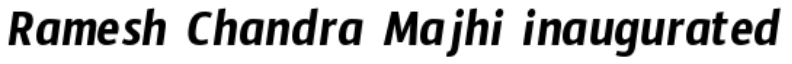
Ramesh Chandra Majhi inaugurated